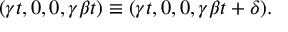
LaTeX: ( \gamma t , 0 , 0 , \gamma \beta t ) \equiv ( \gamma t , 0 , 0 , \gamma \beta t + \delta ) .